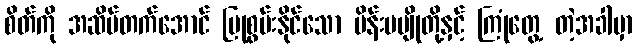
စိတ်ကို အဆိပ်တက်အောင် ပြုစွမ်းနိုင်သော မိန်းမပျိုတို့နှင့် ကြုံတွေ့ တဲ့အခါမှာ